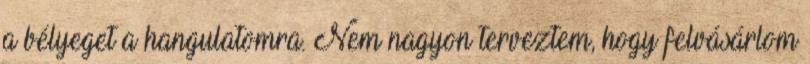
a bélyeget a hangulatomra. Nem nagyon terveztem, hogy felvásárlom